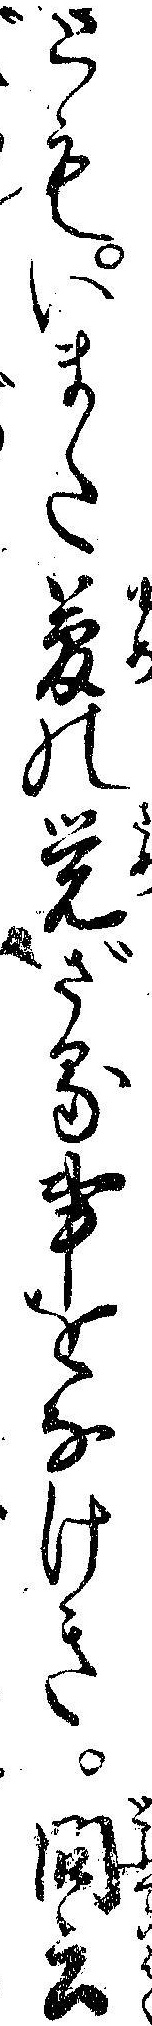
ともいまた夢の覚ざる事をなけき問云